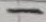
Text: -